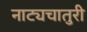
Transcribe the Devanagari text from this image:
नाट्यचातुरी